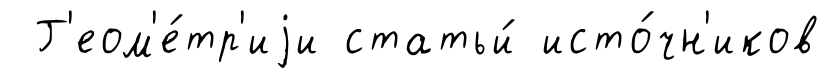
Г'еом'е́тр'иjи статьи́ исто́чн'иков